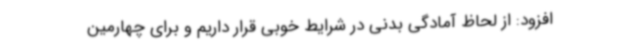
افزود: از لحاظ آمادگی بدنی در شرایط خوبی قرار داریم و برای چهارمین